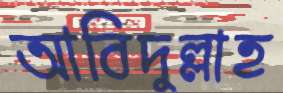
আবিদুল্লাহ